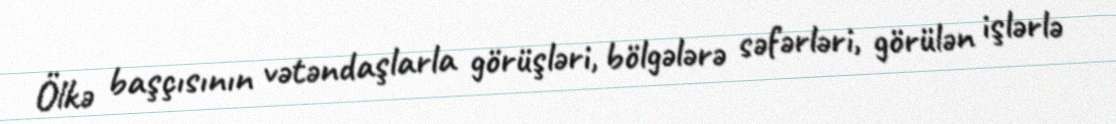
Ölkə başçısının vətəndaşlarla görüşləri, bölgələrə səfərləri, görülən işlərlə